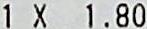
1 X 1.80